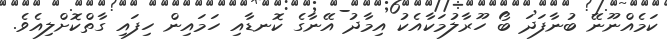
ކަމެއްނޫނޭ ބުނާފަދަ ބޯ ހޫރާލުމަކާއެކު އިމާދު އޭނާގެ ކޮނޑާއި ހަމައިން ހިފައި ގާތްކޮށްލިއެވެ.